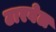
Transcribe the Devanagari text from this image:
टारवेल